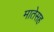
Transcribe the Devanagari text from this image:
मातेसह